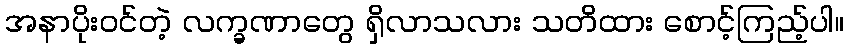
အနာပိုးဝင်တဲ့ လက္ခဏာတွေ ရှိလာသလား သတိထား စောင့်ကြည့်ပါ။